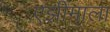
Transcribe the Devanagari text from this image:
एझीमाला